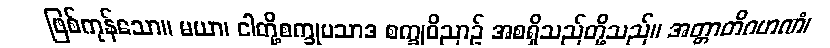
ဖြစ်ကုန်သော။ မယာ၊ ငါတို့စက္ခုပသာဒ စက္ခုဝိညာဉ် အစရှိသည်တို့သည်။ အတ္တာတိဂဟဏံ၊